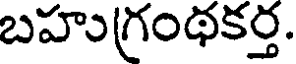
బహుగ్రంథకర్త.